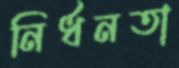
নির্ধনতা